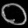
Digit: ၀